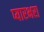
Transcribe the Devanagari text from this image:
प्यारभरा